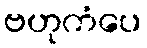
ဗဟုကံပေ